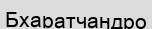
Бхаратчандро